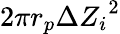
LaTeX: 2\pi r_{p}{\Delta Z_{i}}^{2}